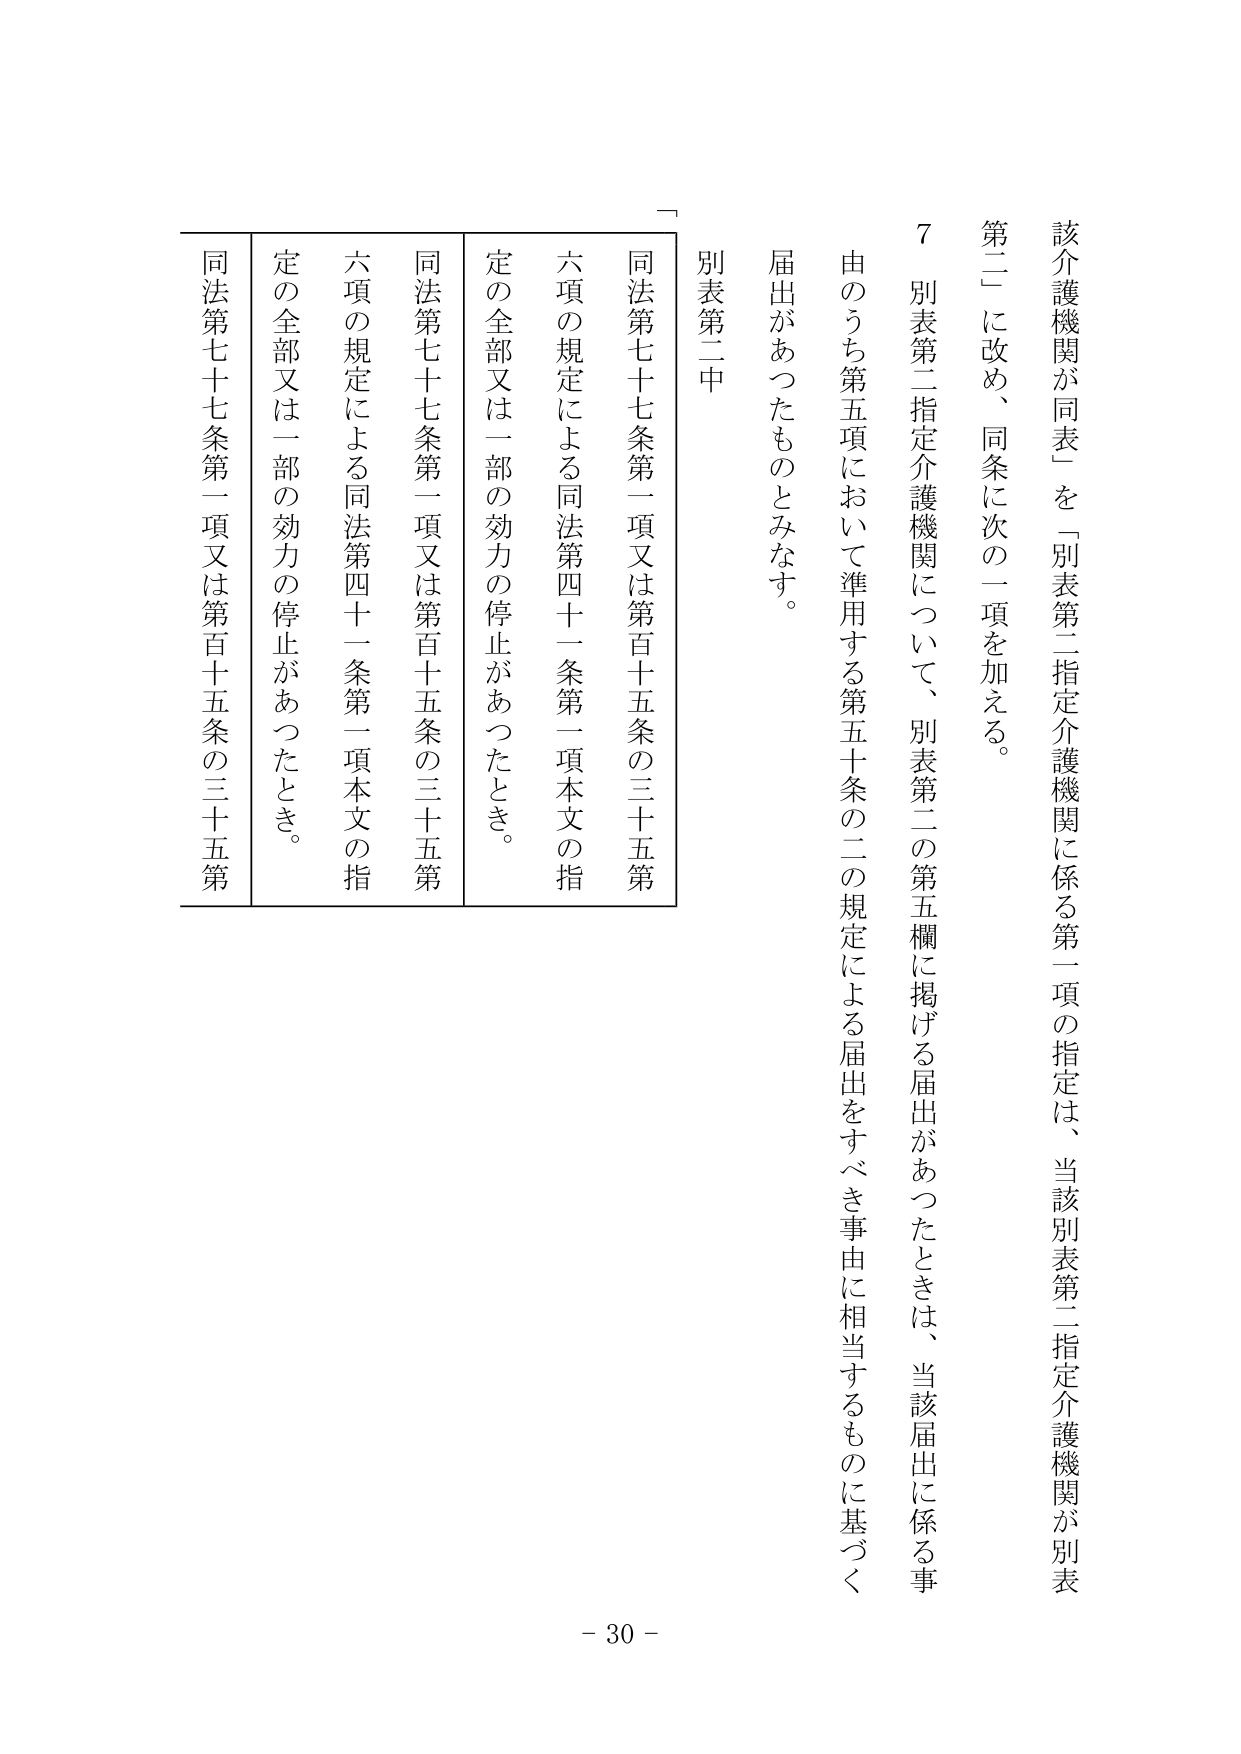
該介護機関が同表一を「別表第二指定介護機関に係る第一項の指定は、当該別表第二指定介護機関が別表第二」に改め、同条に次の一項を加える。

７ 別表第二指定介護機関について、別表第二の第五欄に掲げる届出があったときは、当該届出に係る事由のうち第五項において準用する第五十条の二の規定による届出をすべき事由に相当するものに基づく届出があったものとみなす。

別表第二中

同法第七十七条第一項又は第百十五条の三十五第六項の規定による同法第四十一条第一項本文の指定の全部又は一部の効力の停止があったとき。

同法第七十七条第一項又は第百十五条の三十五第六項の規定による同法第四十一条第一項本文の指定の全部又は一部の効力の停止があったとき。

同法第七十七条第一項又は第百十五条の三十五第六項の規定による同法第四十一条第一項本文の指定の全部又は一部の効力の停止があったとき。

- 30 -